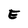
Character: E